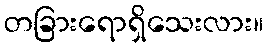
တခြားရောရှိသေးလား။